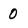
Character: 0